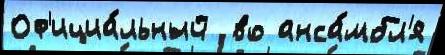
Оф'ициа́льный  во анса́мбл'я